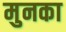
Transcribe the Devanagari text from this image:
मुनका